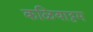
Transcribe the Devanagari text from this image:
कळियाट्टम